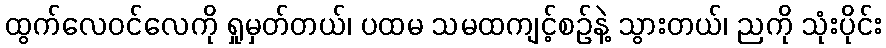
ထွက်လေဝင်လေကို ရှုမှတ်တယ်၊ ပထမ သမထကျင့်စဉ်နဲ့ သွားတယ်၊ ညကို သုံးပိုင်း